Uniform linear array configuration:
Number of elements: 4
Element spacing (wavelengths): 0.5
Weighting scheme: binomial
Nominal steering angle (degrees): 45
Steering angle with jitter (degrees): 43.205
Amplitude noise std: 0.05
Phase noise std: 0.05

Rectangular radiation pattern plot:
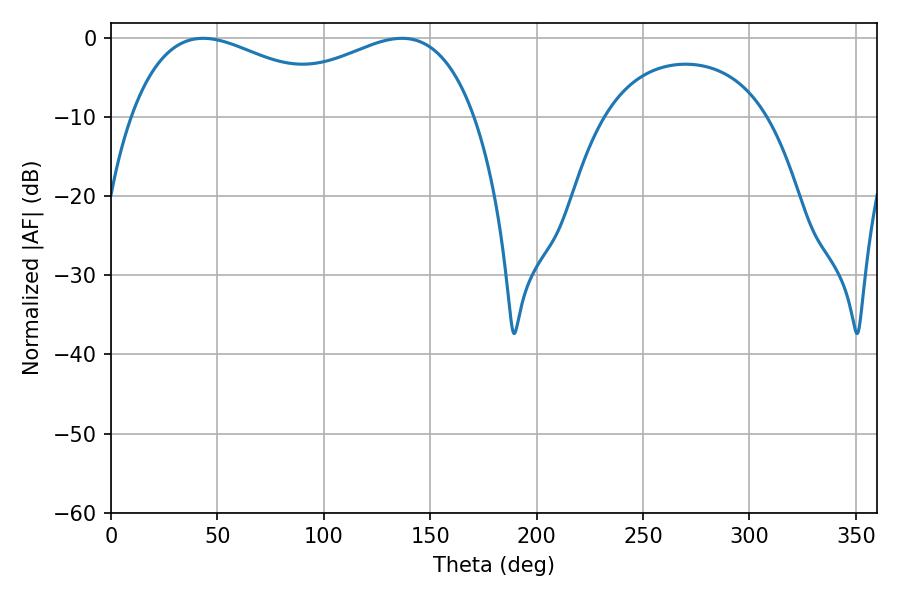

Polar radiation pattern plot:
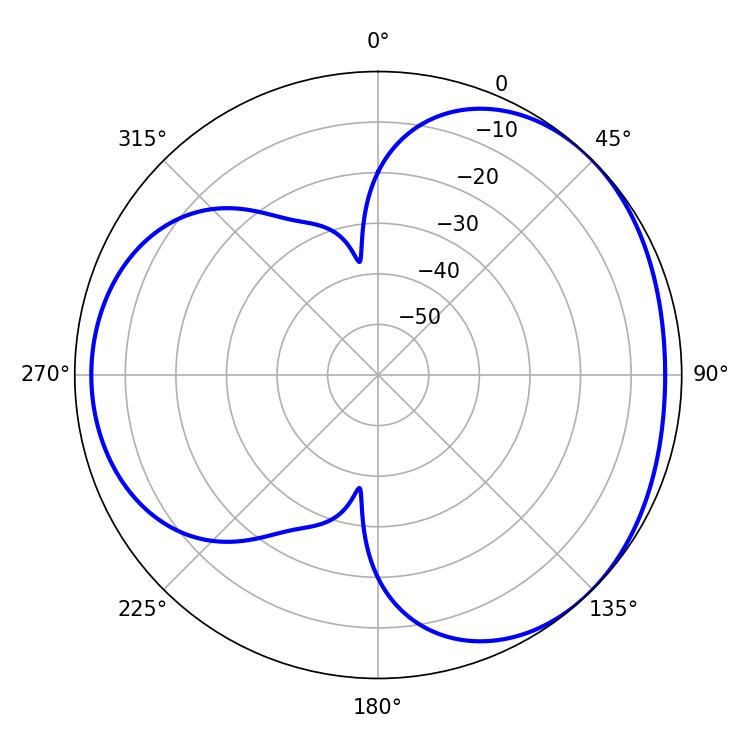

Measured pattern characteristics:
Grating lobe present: FALSE
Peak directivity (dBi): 3.325
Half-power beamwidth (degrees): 58.14
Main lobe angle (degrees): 43.38